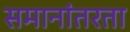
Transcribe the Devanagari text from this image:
समानांतरता